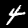
Digit: 4